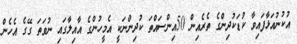
އުކުނުއަޅާފައިވާ ކުޑަކުދިންގެ ތެރެއިން 50އިންސައްތަ ކުދިންނަކީ އެމީހުންގެ އާއިލާގައި ނުވަތަ ގޭގެ އެހެން